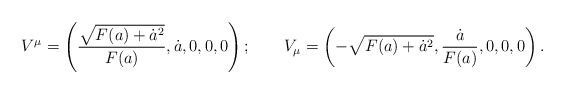
\begin{align*}V^\mu = \left({\sqrt{F(a)+\dot a^2}\over F(a)},\dot a, 0,0,0\right); \qquad V_\mu =\left(-\sqrt{F(a)+\dot a^2},{\dot a\over F(a)},0,0,0\right).\end{align*}